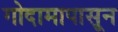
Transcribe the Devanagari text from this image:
गोदामापासून